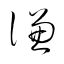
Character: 謙